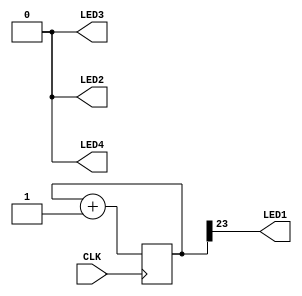
// This program was cloned from: https://github.com/FPGAwars/apio-examples
// License: GNU General Public License v2.0

//------------------------------------------------------------------
//-- Blinking LED
//------------------------------------------------------------------

module Test (
  input CLK,    // 25MHz clock
  output LED1,  //-- LED to Blink
  output LED2, LED3, LED4  //-- The other LEDs
);

  reg [23:0] counter = 0;

  always @(posedge CLK) 
    counter <= counter + 1;

  assign LED1 = counter[23];

  //-- Turn off the other LEDs
  assign {LED2, LED3, LED4} = 3'b0;

endmodule